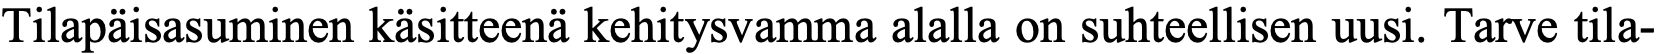
Tilapäisasuminen käsitteenä kehitysvamma alalla on suhteellisen uusi. Tarve tila-